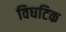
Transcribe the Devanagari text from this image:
विघटिक